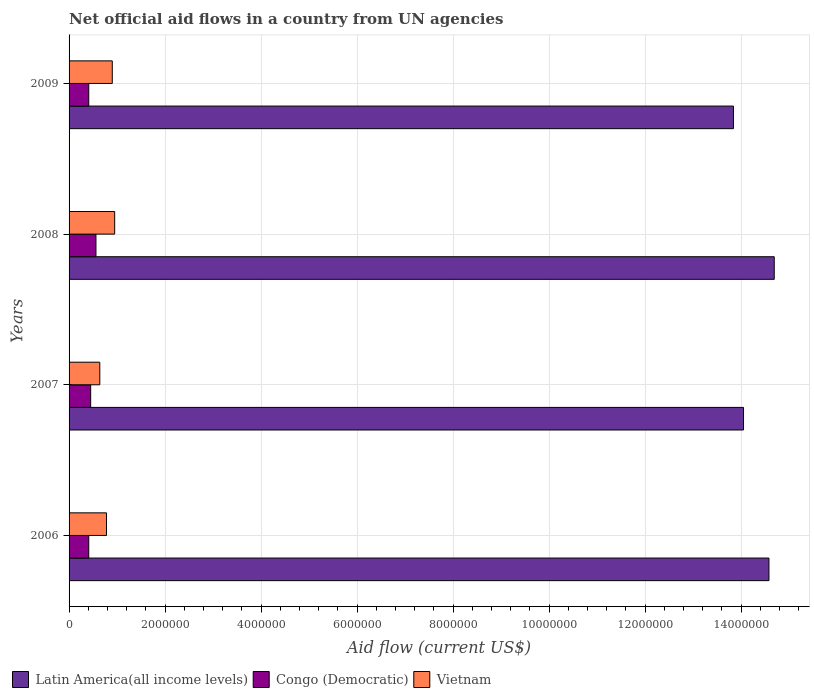
| Years | Latin America(all income levels) | Congo (Democratic) | Vietnam |
 | --- | --- | --- | --- |
 | 2006 | 1.46e+07 | 4.1e+05 | 7.8e+05 |
 | 2007 | 1.40e+07 | 4.5e+05 | 6.4e+05 |
 | 2008 | 1.47e+07 | 5.6e+05 | 9.5e+05 |
 | 2009 | 1.38e+07 | 4.1e+05 | 9e+05 |